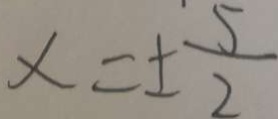
x = \pm \frac { 5 } { 2 }